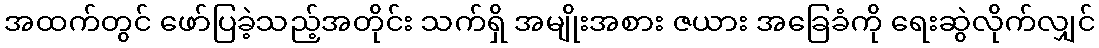
အထက်တွင် ဖော်ပြခဲ့သည့်အတိုင်း သက်ရှိ အမျိုးအစား ဇယား အခြေခံကို ရေးဆွဲလိုက်လျှင်